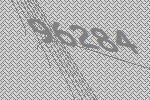
96284